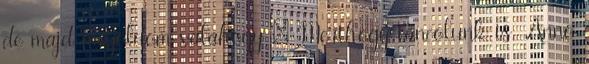
de majd megoldom valahogy : Merthogy táncolunk is. Anno